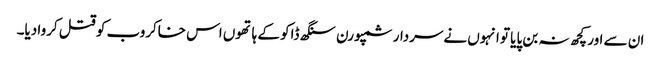
ان سے اور کچھ نہ بن پایا تو انہوں نےسردار سمپورن سنگھ ڈاکو کے ہاتھوں اس خاکروب کو قتل کروا دیا۔